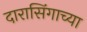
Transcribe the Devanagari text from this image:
दारासिंगाच्या